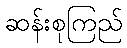
ဆန်းစုကြည်